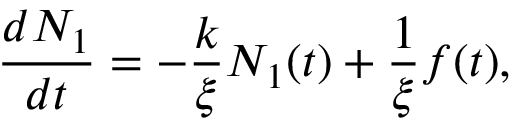
\frac { d N _ { 1 } } { d t } = - \frac { k } { \xi } N _ { 1 } ( t ) + \frac { 1 } { \xi } f ( t ) ,